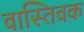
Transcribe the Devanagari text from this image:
वास्‍तिवक